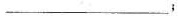
___；